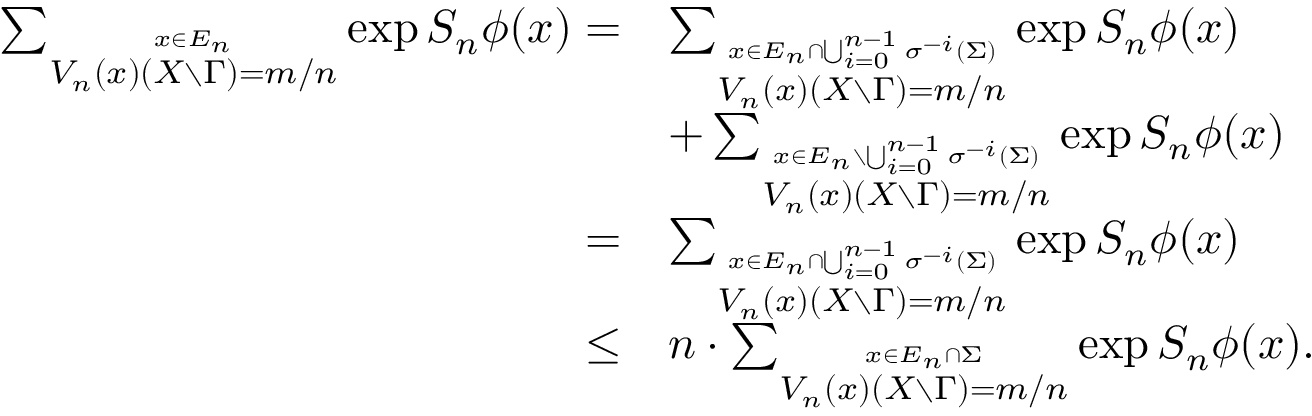
\begin{array} { r l } { \sum _ { \stackrel { x \in E _ { n } } { V _ { n } ( x ) ( X \setminus \Gamma ) = m / n } } \exp S _ { n } \phi ( x ) = } & { \sum _ { \stackrel { x \in E _ { n } \cap \bigcup _ { i = 0 } ^ { n - 1 } \sigma ^ { - i } ( \Sigma ) } { V _ { n } ( x ) ( X \setminus \Gamma ) = m / n } } \exp S _ { n } \phi ( x ) } \\ & { + \sum _ { \stackrel { x \in E _ { n } \setminus \bigcup _ { i = 0 } ^ { n - 1 } \sigma ^ { - i } ( \Sigma ) } { V _ { n } ( x ) ( X \setminus \Gamma ) = m / n } } \exp S _ { n } \phi ( x ) } \\ { = } & { \sum _ { \stackrel { x \in E _ { n } \cap \bigcup _ { i = 0 } ^ { n - 1 } \sigma ^ { - i } ( \Sigma ) } { V _ { n } ( x ) ( X \setminus \Gamma ) = m / n } } \exp S _ { n } \phi ( x ) } \\ { \leq } & { n \cdot \sum _ { \stackrel { x \in E _ { n } \cap \Sigma } { V _ { n } ( x ) ( X \setminus \Gamma ) = m / n } } \exp S _ { n } \phi ( x ) . } \end{array}